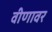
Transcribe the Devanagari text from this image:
वीणावर